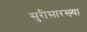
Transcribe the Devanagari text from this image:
सुरीसारख्या